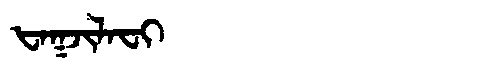
Manchu: ᡶᠠᡴᠵᡳᠯᠠᠸᡳ
Romanization: FAKJILAFI